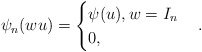
\begin{align*} \psi_{n}(wu)=\begin{cases} \psi(u), w=I_n\\ 0, \end{cases}.\end{align*}